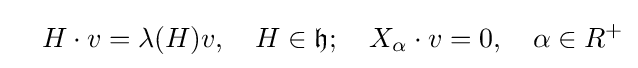
\quad H\cdot v=\lambda (H)v,\quad H\in {\mathfrak {h}};\quad X_{\alpha }\cdot v=0,\quad \alpha \in R^{+}